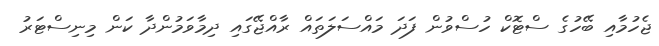
ޖެހުމާއި ބޭހުގެ ސްޓޮކް ހުސްވުން ފަދަ މައްސަލަތައް ރާއްޖޭގައި ދިމާވަމުންދާ ކަން މިނިސްޓަރު